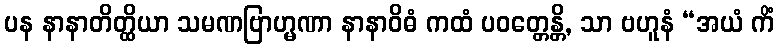
ပန နာနာတိတ္ထိယာ သမဏဗြာဟ္မဏာ နာနာဝိဓံ ကထံ ပဝတ္တေန္တိ, သာ ဗဟူနံ “အယံ ကိံ